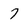
Character: 7